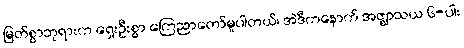
မြတ်စွာဘုရားက ရှေးဦးစွာ ကြေညာတော်မူပါတယ်၊ အဲဒီကနောက် အဇ္ဈာသယ ၆-ပါး